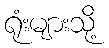
ရုံးများသို့